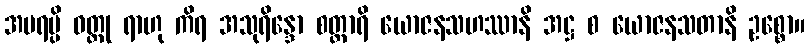
အပရမ္ပိ ဝတ္ထု ရာဟု ကိရ အသုရိန္ဒော စတ္တာရိ ယောဇနသဟဿာနိ အဋ္ဌ စ ယောဇနသတာနိ ဥစ္စော။